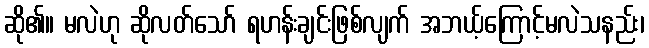
ဆို၏။ မလဲဟု ဆိုလတ်သော် ရဟန်းချင်းဖြစ်လျက် အဘယ့်ကြောင့်မလဲသနည်း၊